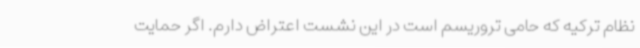
نظام ترکیه که حامی تروریسم است در این نشست اعتراض دارم. اگر حمایت